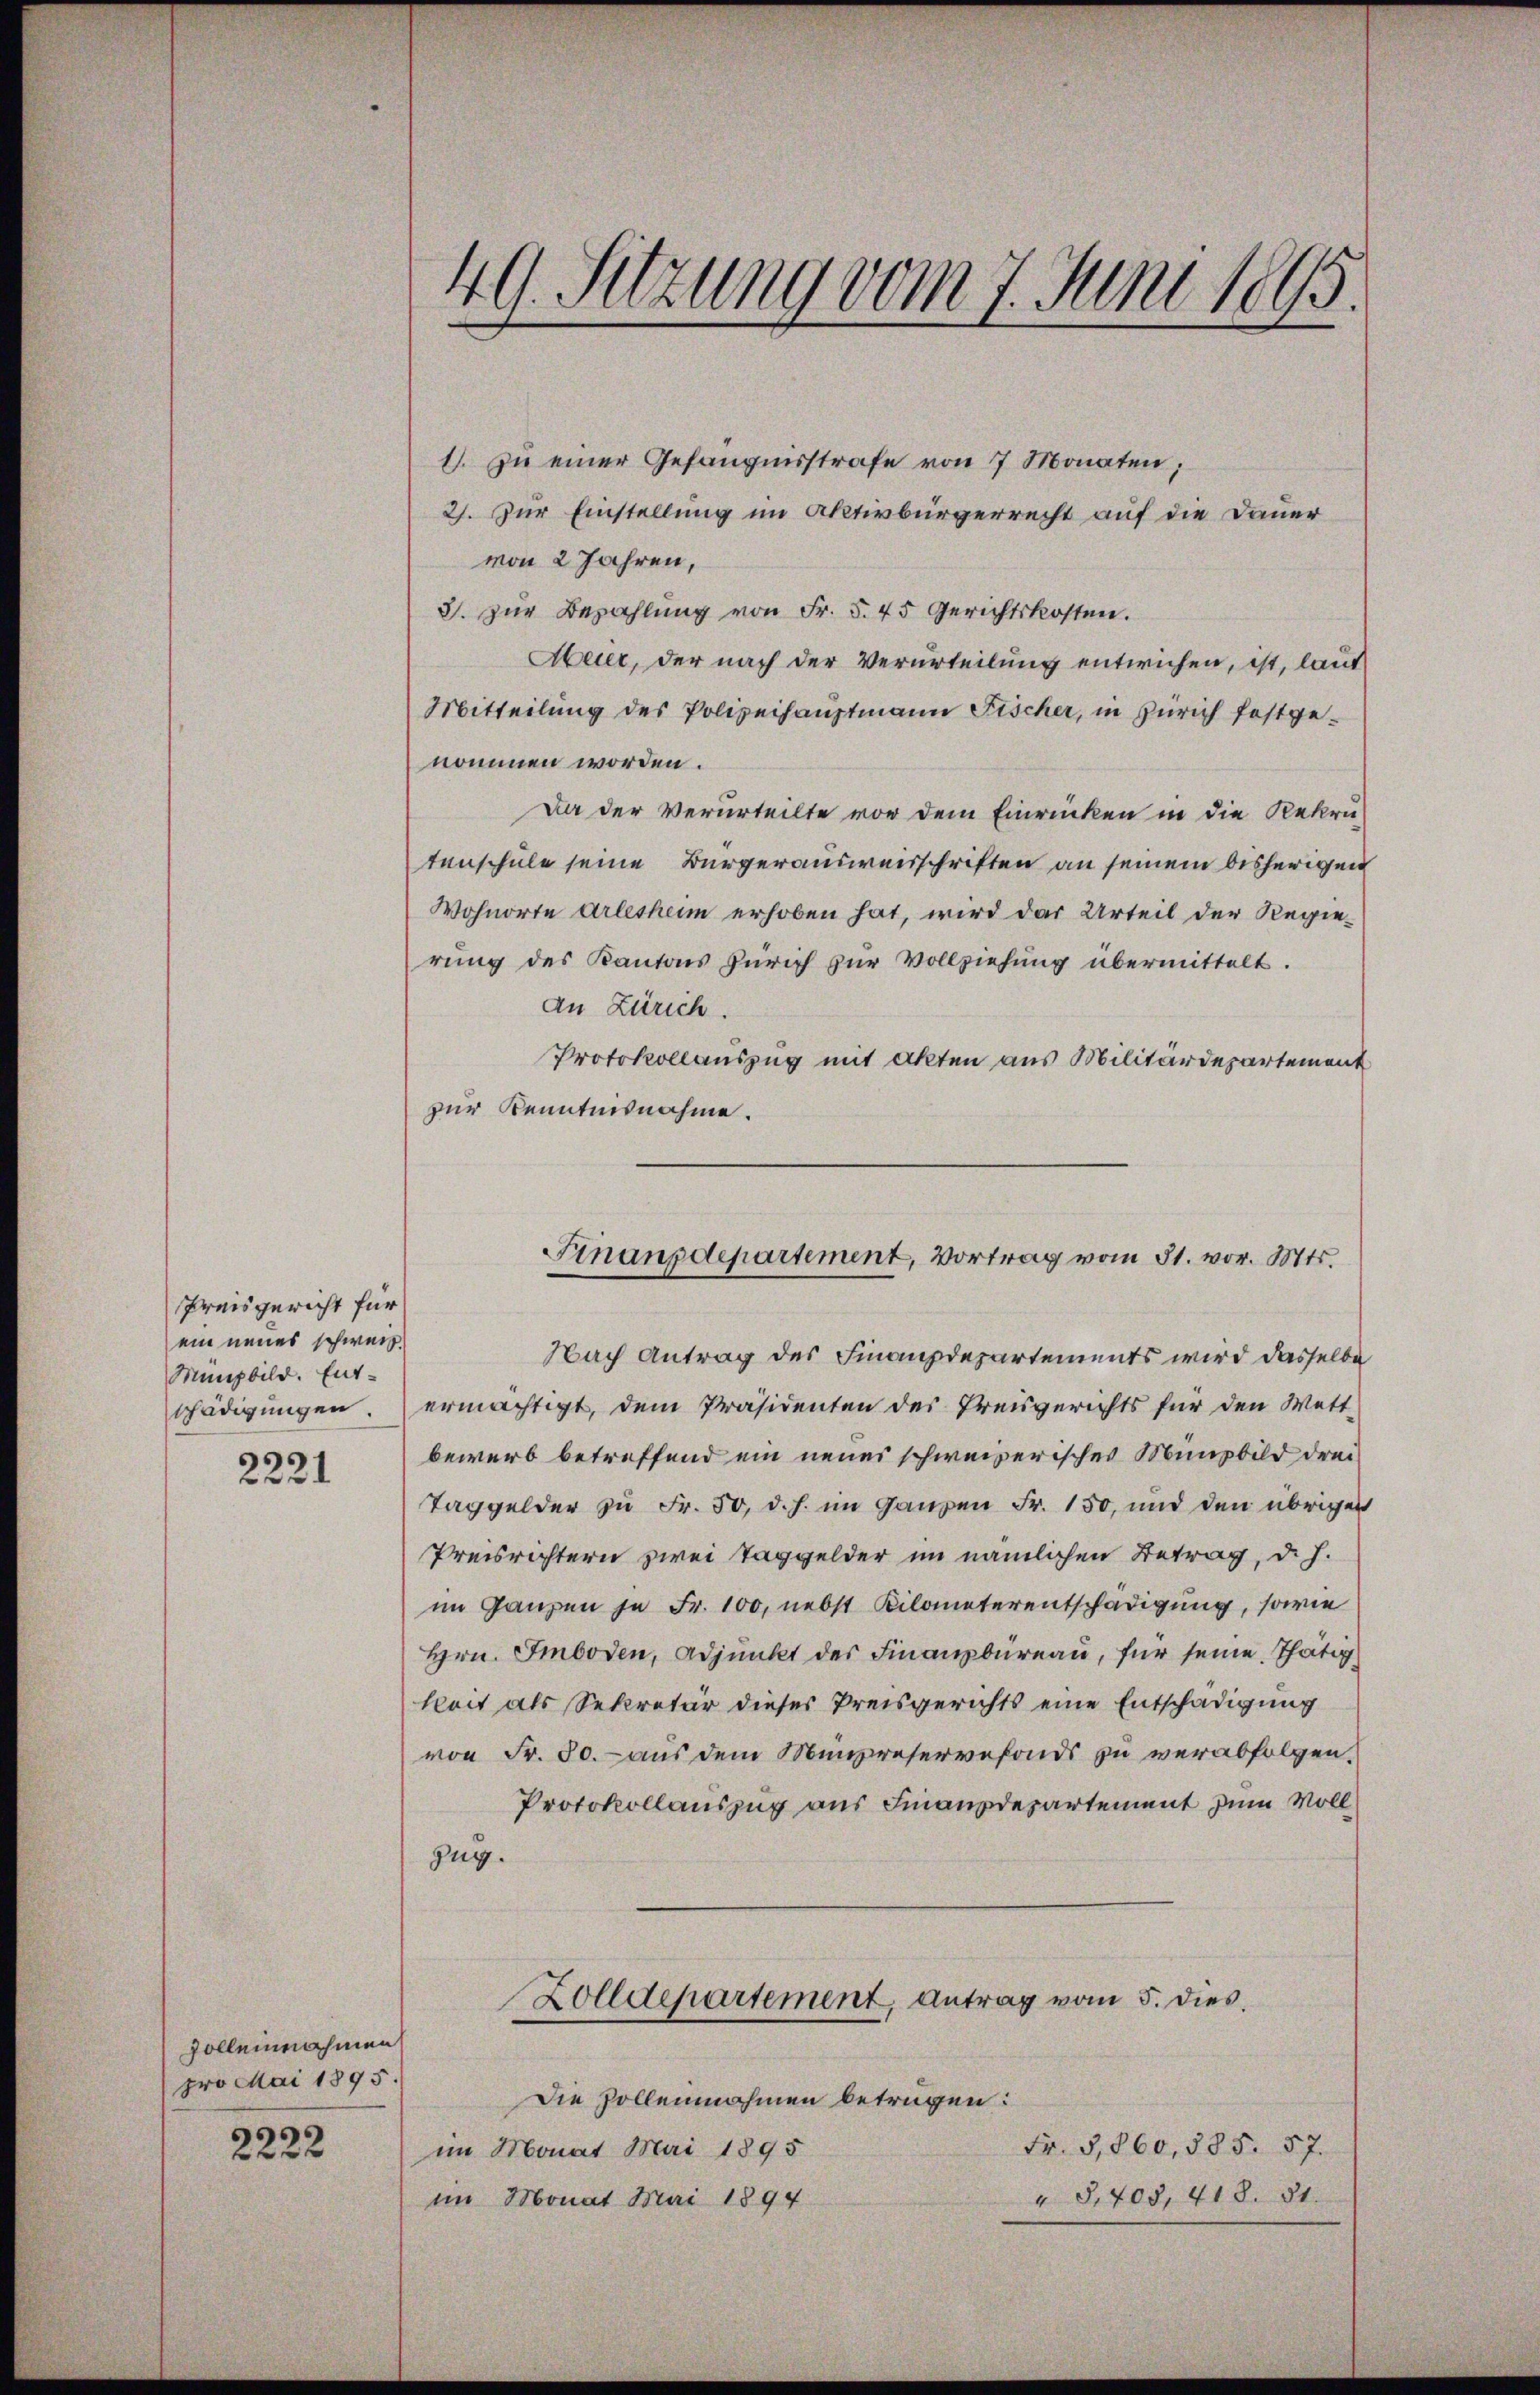
Preisgericht für
ein neues schweiz.
Münsbild. Ent-

2221

Zolleinnahmen
pro Mai 1895.
2222

. zŭ einer Gefängnisstrafe von 7 Monaten,
2. Zur Einstellung im Aktivbürgerrecht auf die Dauer
von 2 Jahren,
3. zŭr Bezahlŭng von Fr. 5. 45 Gerichtskosten.
Abeier, der nach der Verurteilung entwichen, ist, laut
Mitteilung des Polizeihauptmann Fischer, in Zürich festgenommen worden.
Da der Verurteilte vor dem Einrücken in die Rekru-
tenschule seine Bürgerausweisschriften an seinem bisherigen
Wohnorte Arlesheim erhoben hat, wird das Urteil der Regierung des Kantons Zürich zur Vollziehung übermittelt.
an Zürich.
Protokollauszug mit Akten aus Militärdepartement
zur Kenntnisnahme.

49. Sitzung vom 7. Juni 1895.

Finanzdepartement, Vortrag vom 31. vor. Mts.

Nach Antrag des Finanzdepartements wird dasselbe
schädigungen. ermächtigt, dem Präsidenten des Preisgerichts für den Wett-
bewerb betreffend ein neuer schweizerisches Münsbild drei
Taggelder zu Fr. 50, d. h. im Ganzen Fr. 150, und den übrigen
Preisrichtern zwei Taggelder im nämlichen Betrag, d. J.
im Ganzen je Fr. 100, nebst Kilometerentschädigung, sowie
Hrn. Imboden, Adjunkt der Finanzbüreau, für seine Thätigkeit als Sekretär dieses Preisgerichts eine Entschädigung
von Fr. 50.- aus dem Münzreservefonds zu verabfolgen.
Protokollauszug aus Finanzdepartement zum Voll¬
Zug.

Die sollennahmen betrügen:
Fr. 5,860, 585. 57.
im Monat Mai 1895
" 9,405, 418. 81.
im Monat Mai 1894

Zolldepartement, Antrag vom 5. dies